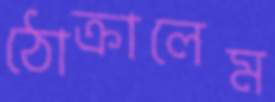
ঠোক্‌রালেম